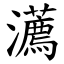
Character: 瀳